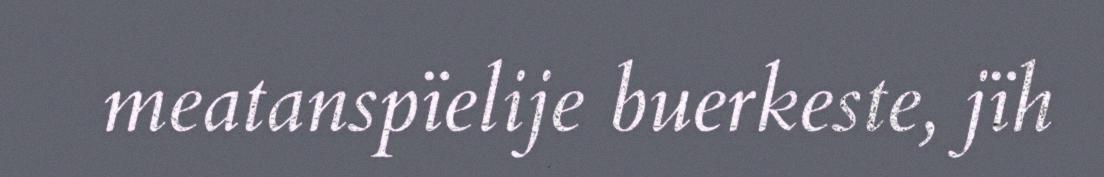
meatanspïelije buerkeste, jïh